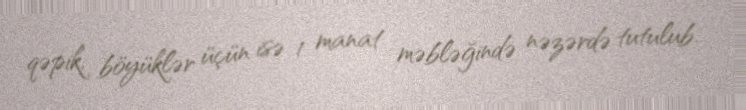
qəpik, böyüklər üçün isə 1 manat məbləğində nəzərdə tutulub.